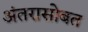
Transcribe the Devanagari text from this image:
अंतरासोबत